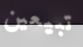
تبيعين